Notes on vaccination in the North-West Frontier Province 1923-1928 - 1923-1928
Year: 1923
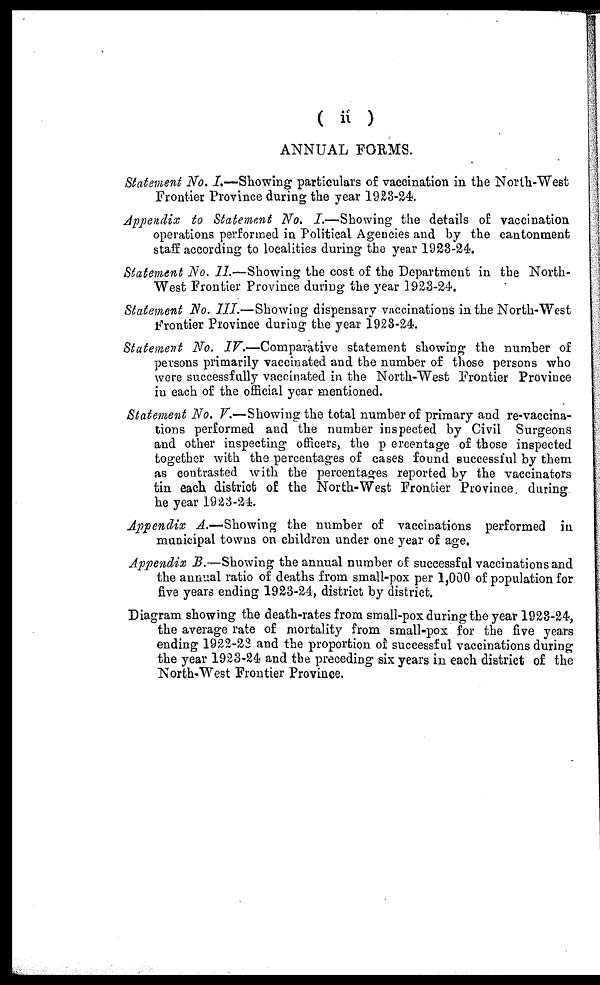
( ii )
ANNUAL FORMS.
Statement No. I.—Showing particulars of vaccination in the North-West
Frontier Province during the year 1923-24.
Appendix to Statement No. I.—Showing the details of vaccination
operations performed in Political Agencies and by the cantonment
staff according to localities during the year 1923-24.
Statement No. II.—Showing the cost of the Department in the North-
West Frontier Province during the year 1923-24.
Statement No. III.—Showing dispensary vaccinations in the North-West
Frontier Province during the year 1923-24.
Statement No. IV.—Comparative statement showing the number of
persons primarily vaccinated and the number of those persons who
were successfully vaccinated in the North-West Frontier Province
in each of the official year mentioned.
Statement No. V.—Showing the total number of primary and re-vaccina-
tions performed and the number inspected by Civil Surgeons
and other inspecting officers, the percentage of those inspected
together with the percentages of cases found successful by them
as contrasted with the percentages reported by the vaccinators
tin each district of the North-West Frontier Province, during
he year 1923-24.
Appendix A.—Showing the number of vaccinations performed in
municipal towns on children under one year of age.
Appendix B.—Showing the annual number of successful vaccinations and
the annual ratio of deaths from small-pox per 1,000 of population for
five years ending 1923-24, district by district.
Diagram showing the death-rates from small-pox during the year 1923-24,
the average rate of mortality from small-pox for the five years
ending 1922-23 and the proportion of successful vaccinations during
the year 1923-24 and the preceding six years in each district of the
North-West Frontier Province.